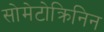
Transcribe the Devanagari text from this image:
सोमेटोक्रिनिन